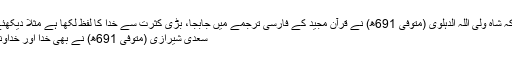
اس کی تائید اس سے بھی ہوتی ہے کہ شاہ ولی اللہ الدہلوی (متوفیٰ 691ھ) نے قرآن مجید کے فارسی ترجمے میں جابجا، بڑی کثرت سے خدا کا لفظ لکھا ہے مثلاً دیکھئے ص 5 (مطبوعہ: تاج کمپنی لمیٹڈ)
سعدی شیرازی (متوفی 691ھ) نے بھی خدا اور خداوند کا لفظ کثرت سے استعمال کیا ہے۔